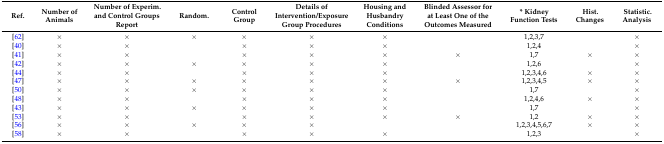
<table><thead><tr><td><b>Ref.</b></td><td><b>Number of Animals</b></td><td><b>Number of Experim. and Control Groups Report</b></td><td><b>Random.</b></td><td><b>Control Group</b></td><td><b>Details of Intervention/Exposure Group Procedures</b></td><td><b>Housing and Husbandry Conditions</b></td><td><b>Blinded Assessor for at Least One of the Outcomes Measured</b></td><td><b>* Kidney Function Tests</b></td><td><b>Hist. Changes</b></td><td><b>Statistic. Analysis</b></td></tr></thead><tbody><tr><td>[62]</td><td>×</td><td>×</td><td>×</td><td>×</td><td>×</td><td>×</td><td></td><td>1,2,3,7</td><td></td><td>×</td></tr><tr><td>[40]</td><td>×</td><td>×</td><td></td><td>×</td><td>×</td><td>×</td><td></td><td>1,2,4</td><td></td><td>×</td></tr><tr><td>[41]</td><td>×</td><td>×</td><td></td><td>×</td><td>×</td><td>×</td><td>×</td><td>1,7</td><td>×</td><td>×</td></tr><tr><td>[42]</td><td>×</td><td>×</td><td>×</td><td>×</td><td>×</td><td>×</td><td></td><td>1,2,6</td><td></td><td>×</td></tr><tr><td>[44]</td><td>×</td><td>×</td><td></td><td>×</td><td>×</td><td>×</td><td></td><td>1,2,3,4,6</td><td>×</td><td>×</td></tr><tr><td>[47]</td><td>×</td><td>×</td><td>×</td><td>×</td><td>×</td><td>×</td><td>×</td><td>1,2,3,4,5</td><td>×</td><td>×</td></tr><tr><td>[50]</td><td>×</td><td>×</td><td>×</td><td>×</td><td>×</td><td>×</td><td></td><td>1,7</td><td></td><td>×</td></tr><tr><td>[48]</td><td>×</td><td>×</td><td></td><td>×</td><td>×</td><td>×</td><td></td><td>1,2,4,6</td><td>×</td><td>×</td></tr><tr><td>[43]</td><td>×</td><td>×</td><td>×</td><td>×</td><td>×</td><td>×</td><td></td><td>1,7</td><td></td><td>×</td></tr><tr><td>[53]</td><td>×</td><td>×</td><td></td><td>×</td><td>×</td><td>×</td><td>×</td><td>1,2</td><td>×</td><td>×</td></tr><tr><td>[56]</td><td>×</td><td>×</td><td>×</td><td>×</td><td>×</td><td></td><td></td><td>1,2,3,4,5,6,7</td><td>×</td><td>×</td></tr><tr><td>[58]</td><td>×</td><td>×</td><td></td><td>×</td><td>×</td><td>×</td><td></td><td>1,2,3</td><td></td><td>×</td></tr></tbody></table>